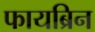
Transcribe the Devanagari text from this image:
फायब्रिन